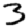
Digit: 3